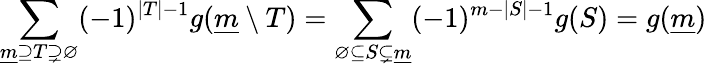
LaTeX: \sum_{{\underline{{m}}}\supseteq T\supsetneq\varnothing}(-1)^{|T|-1}g({\underline{{m}}}\setminus T)=\sum_{\varnothing\subseteq S\subsetneq{\underline{{m}}}}(-1)^{m-|S|-1}g(S)=g({\underline{{m}}})